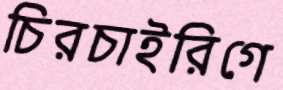
চিরচাইরিগে